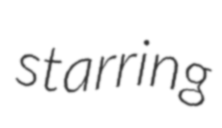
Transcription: starring